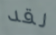
لقد